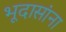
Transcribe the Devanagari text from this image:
भूदासांना